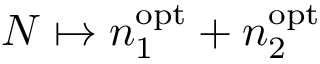
N \mapsto n _ { 1 } ^ { \mathrm { o p t } } + n _ { 2 } ^ { \mathrm { o p t } }